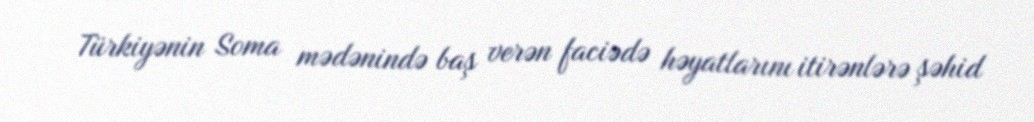
Türkiyənin Soma mədənində baş verən faciədə həyatlarını itirənlərə şəhid